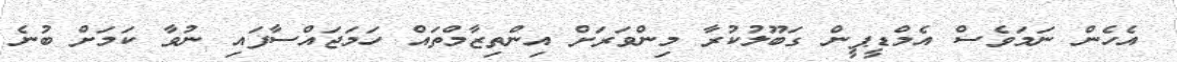
އެހެން ނަމަވެސް އެމްޑީޕީން ގަބޫލުކުރާ މިންވަރަށް އިންތިޒާމްތައް ހަމަޖައްސާފައި ނުވާ ކަމަށް ބުނެ